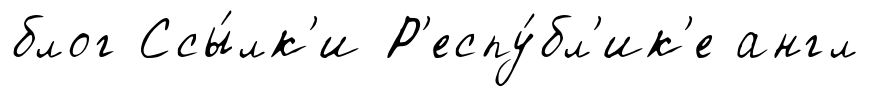
блог Ссы́лк'и Р'еспу́бл'ик'е англ